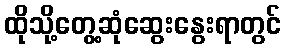
ထိုသို့တွေ့ဆုံဆွေးနွေးရာတွင်